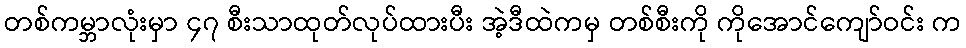
တစ်ကမ္ဘာလုံးမှာ ၄၇ စီးသာထုတ်လုပ်ထားပီး အဲ့ဒီထဲကမှ တစ်စီးကို ကိုအောင်ကျော်ဝင်း က